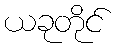
ယခုတိုင်